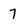
Character: 7